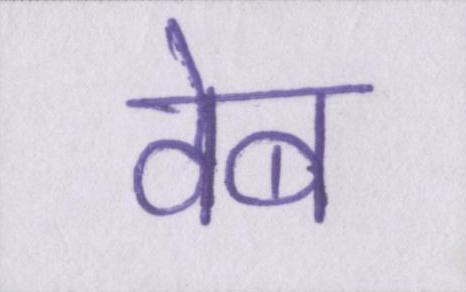
वेब